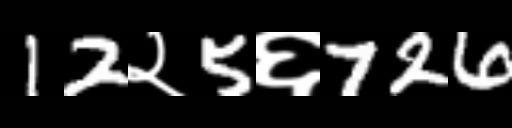
Text: 12२5६726